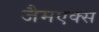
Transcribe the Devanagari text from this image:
जैमएक्स